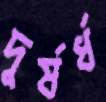
দুর্ষর্ধ